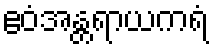
ဧဝံအန္တရာယကရံ